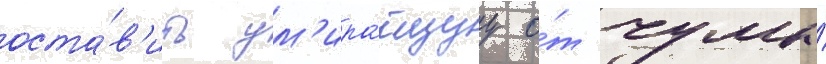
оста́в'ить ум'ира́ющуу о́т чумы́